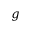
g